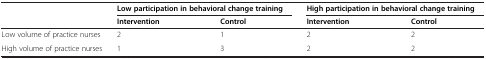
|  | <COLSPAN=2> Low participation in behavioral change training | <COLSPAN=2> High participation in behavioral change training |
 |  | Intervention | Control | Intervention | Control |
 | --- | --- | --- | --- | --- |
 | Low volume of practice nurses | 2 | 1 | 2 | 2 |
 | High volume of practice nurses | 1 | 3 | 2 | 2 |